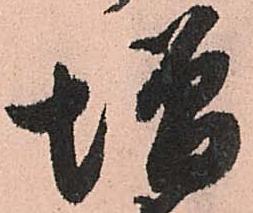
増